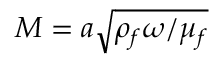
M = a \sqrt { \rho _ { f } \omega / \mu _ { f } }